Distribution and causation of leprosy in British India
Year: 1875
Disease focus: Leprosy
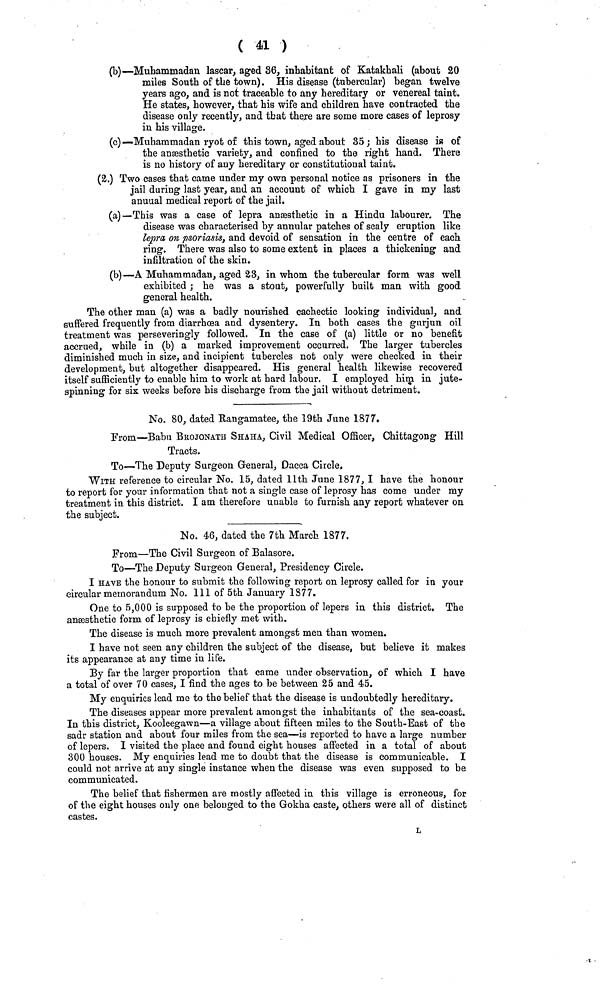
( 41 )
(b)—Mubammadan lascar, aged 36, inhabitant of Katakhali (about 20
miles South of the town). His disease (tubercular) began twelve
years ago, and is not traceable to any hereditary or venereal taint.
He states, however, that his wife and children have contracted the
disease only recently, and that there are some more cases of leprosy
in his village.
(c)— Muhammadan ryot of this town, aged about 35; his disease is of
the anaesthetic variety, and confined to the right hand. There
is no history of any hereditary or constitutional taint.
(2.) Two cases that came under my own personal notice as prisoners in the
jail during last year, and an account of which I gave in my last
anuual medical report of the jail.
(a)—This was a case of lepra anesthetic in a Hindu labourer. The
disease was characterised by annular patches of scaly eruption like
lepra on psoriasis, and devoid of sensation in the centre of each
ring. There was also to some extent in places a thickening and
infiltration of the skin.
(b)—A Muhammadan, aged 23, in whom the tubercular form was well
exhibited ; he was a stout, powerfully built man with good
general health.
The other man (a) was a badly nourished cachectic looking individual, and
suffered frequently from diarrhœa and dysentery. In both cases the gurjun oil
treatment was perseveringly followed. In the case of (a) little or no benefit
accrued, while in (b) a marked improvement occurred. The larger tubercles
diminished much in size, and incipient tubercles not only were checked in their
development, but altogether disappeared. His general health likewise recovered
itself sufficiently to enable him to work at hard labour, I employed him in jute-
spinning for six weeks before his discharge from the jail without detriment.
No. 80, dated Rangamatee, the 19th June 1877.
From—Babu BROJONATH SHAHA, Civil Medical Officer, Chittagong Hill
Tracts.
To—The Deputy Surgeon General, Dacca Circle.
WITH reference to circular No. 15, dated llth June 1877, I have the honour
to report for your information that not a single case of leprosy has come under my
treatment in this district. I am therefore unable to furnish any report whatever on
the subject.
No. 46, dated the 7th March 1877.
From—The Civil Surgeon of Balasore.
To—The Deputy Surgeon General, Presidency Circle.
I HAVE the honour to submit the following report on leprosy called for in your
circular memorandum No. 111 of 5th January 1877.
One to 5,000 is supposed to be the proportion of lepers in this district. The
ansesthetic form of leprosy is chiefly met with.
The disease is much more prevalent amongst men than women.
I have not seen any children the subject of the disease, but believe it makes
its appearance at any time in life.
By far the larger proportion that came under observation, of which I have
a total of over 70 cases, I find the ages to be between 25 and 45.
My enquiries lead me to the belief that the disease is undoubtedly hereditary.
The diseases appear more prevalent amongst the inhabitants of the sea-coast.
In this district, Kooleegawn—a village about fifteen miles to the South-East of the
sadr station and about four miles from the sea—is reported to have a large number
of lepers. I visited the place and found eight houses affected in a total of about
300 houses. My enquiries lead me to doubt that the disease is communicable. I
could not arrive at any single instance when the disease was even supposed to be
communicated.
The belief that fishermen are mostly affected in this village is erroneous, for
of the eight houses only one belonged to the Gokha caste, others were all of distinct
castes.
L